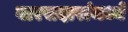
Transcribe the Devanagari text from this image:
वारसदारांमध्ये